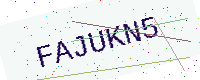
Text: FAJUKN5